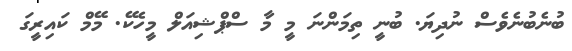
ބުނެބުނެވެސް ނުދިޔަ. ބުނީ ތިމަންނަ މީ މާ ސްޕްޝިއަލް މީހެކޭ. މޭމް ކައިރީގަ